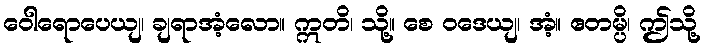
ဝေါရောပေယျ၊ ချရာအံ့လော။ ဣတိ၊ သို့။ စေ ဝဒေယျ၊ အံ့။ ဧတမ္ပိ၊ ဤသို့